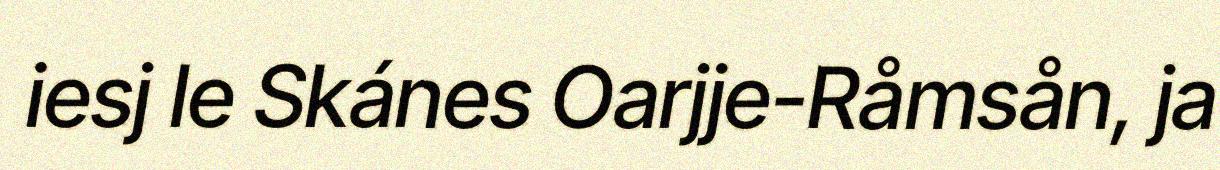
iesj le Skánes Oarjje-Råmsån, ja